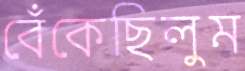
বেঁকেছিলুম